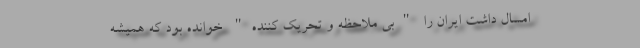
امسال داشت ایران را "بی ملاحظه و تحریک کننده" خوانده بود که همیشه